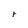
Character: r